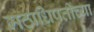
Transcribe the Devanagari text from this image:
मठाधिपतींच्या